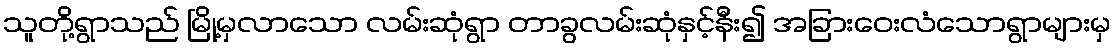
သူတို့ရွာသည် မြို့မှလာသော လမ်းဆုံရွာ တာခွလမ်းဆုံနှင့်နီး၍ အခြားဝေးလံသောရွာများမှ